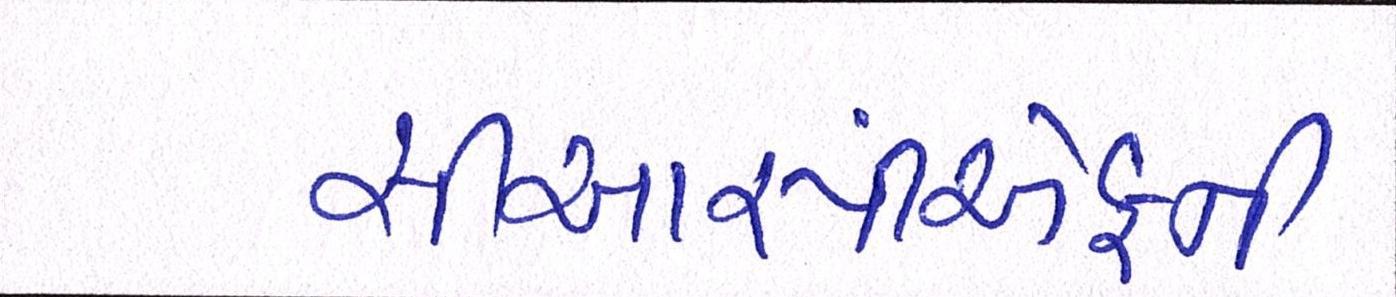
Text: સીઆરપીએફની